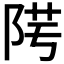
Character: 𨹯